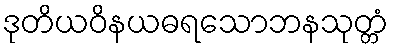
ဒုတိယဝိနယဓရသောဘနသုတ္တံ